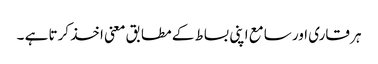
ہر قاری اور سامع اپنی بساط کے مطابق معنی اخذ کرتا ہے ۔